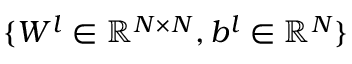
\{ W ^ { l } \in \mathbb { R } ^ { N \times N } , b ^ { l } \in \mathbb { R } ^ { N } \}